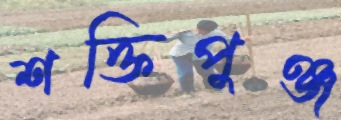
শক্তিপুঞ্জ